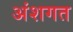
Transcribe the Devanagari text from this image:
अंशगत